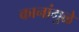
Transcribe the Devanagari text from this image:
कानांमुळे